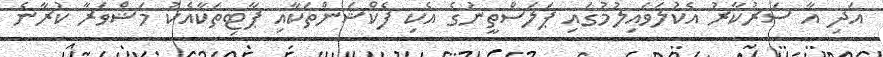
އަދި އާ ސަރުކާރު އެކުލަވައިލުމުގައި ޕަލަސްތީނުގެ އެކި ފެކްޝަންތަކާއި ޕާޓިތަކާއެކު މަޝްވަރާ ކުރާނެ